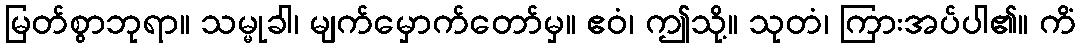
မြတ်စွာဘုရာ။ သမ္မုခါ၊ မျက်မှောက်တော်မှ။ ဧဝံ၊ ဤသို့။ သုတံ၊ ကြားအပ်ပါ၏။ ကိံ